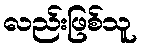
လည်းဖြစ်သူ